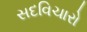
સદવિચારો